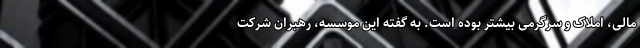
مالی، املاک و سرگرمی بیشتر بوده است. به گفته این موسسه، رهبران شرکت